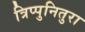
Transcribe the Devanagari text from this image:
त्रिप्पुनितुरा